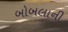
બોબલાની